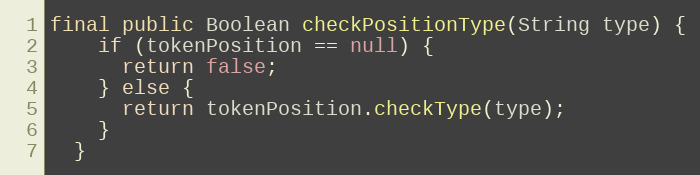
Language: Java
final public Boolean checkPositionType(String type) {
    if (tokenPosition == null) {
      return false;
    } else {
      return tokenPosition.checkType(type);
    }
  }